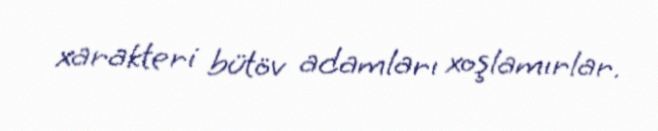
xarakteri bütöv adamları xoşlamırlar.